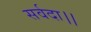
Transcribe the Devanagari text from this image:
सर्वदा।।